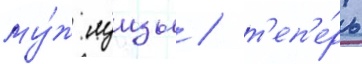
му́ж луизы / т'еп'е́рь